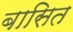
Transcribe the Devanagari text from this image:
बासित